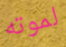
لموته